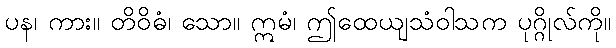
ပန၊ ကား။ တိဝိဓံ၊ သော။ ဣမံ၊ ဤထေယျသံဝါသက ပုဂ္ဂိုလ်ကို။